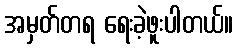
အမှတ်တရ ရေးခဲ့ဖူးပါတယ်။